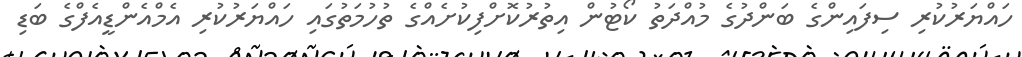
ހައްޔަރުކުރި ސިފައިންގެ ބަންދުގެ މުއްދަތު ކޯޓުން އިތުރުކޮށްފިކުށެއްގެ ތުހުމަތުގައި ހައްޔަރުކުރި އެމްއެންޑީއެފްގެ ބަޑި